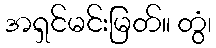
အရှင်မင်းမြတ်။ တွံ၊